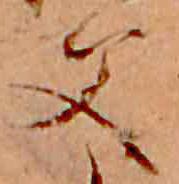
父